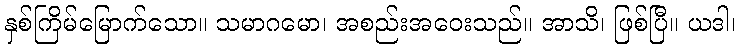
နှစ်ကြိမ်မြောက်သော။ သမာဂမော၊ အစည်းအဝေးသည်။ အာသိ၊ ဖြစ်ပြီ။ ယဒါ၊